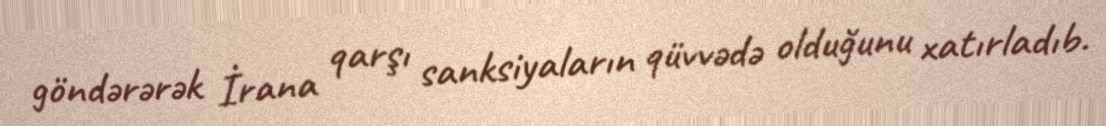
göndərərək İrana qarşı sanksiyaların qüvvədə olduğunu xatırladıb.